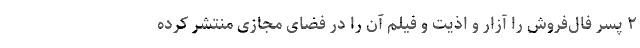
۲ پسر فال‌فروش را آزار و اذیت و فیلم آن را در فضای مجازی منتشر کرده